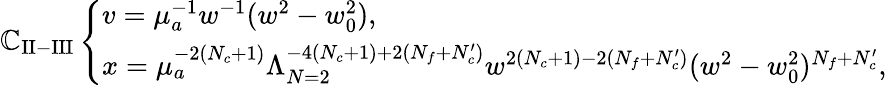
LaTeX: \mathbb{C}_{\mathrm{{II-III}}}\left\{ \begin{array}{l}{{v=\mu_{a}^{-1}w^{-1}(w^{2}-w_{0}^{2}),}}\\ {{x=\mu_{a}^{-2(N_{c}+1)}\Lambda_{N=2}^{-4(N_{c}+1)+2(N_{f}+N_{c}^{\prime})}w^{2(N_{c}+1)-2(N_{f}+N_{c}^{\prime})}(w^{2}-w_{0}^{2})^{N_{f}+N_{c}^{\prime}},}}\end{array}\right.